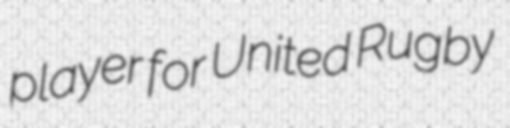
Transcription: player for United Rugby